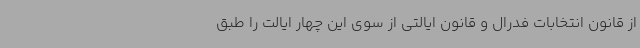
از قانون انتخابات فدرال و قانون ایالتی از سوی این چهار ایالت را طبق